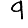
Digit: 9